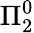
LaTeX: \Pi_{2}^{0}